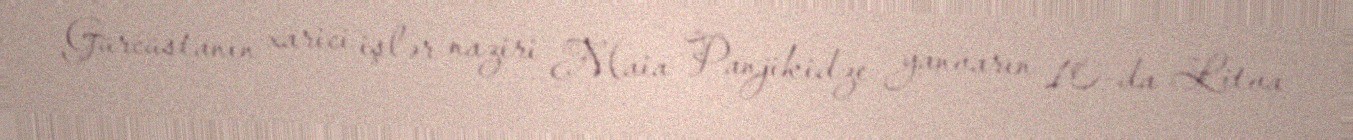
Gürcüstanın xarici işlər naziri Maia Panjikidze yanvarın 10-da Litva